Vaccination in the Punjab 1867-1880 - 1867-1880
Year: 1867
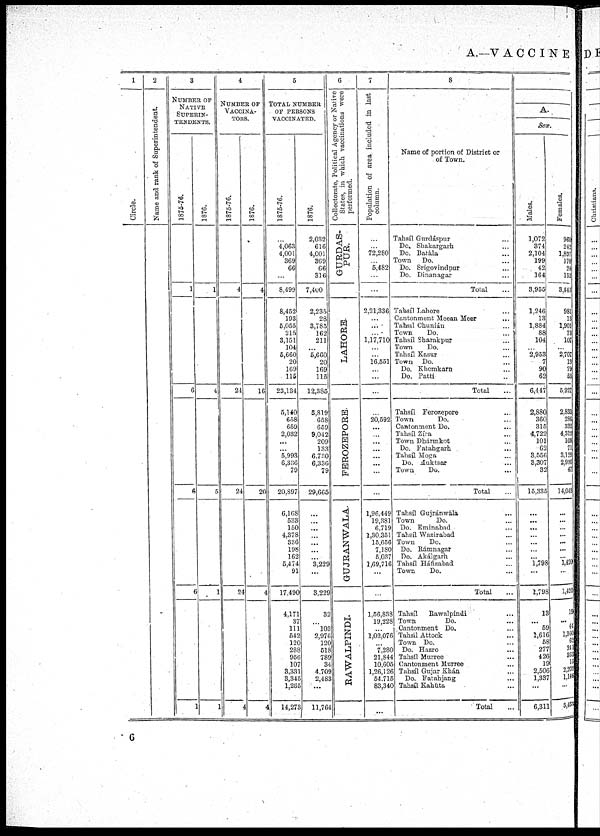
A.—VACCINE
1
Circle.
2
Name and rank of Superintendent.
3
NUMBER OF
NATIVE
SUPERIN¬
--------.
1875-76.
1
6
6
6
1
1876.
1
4
5
1
1
4
NUMBER OF
VACCINA-
TORS.
1875-76.
4
24
24
24
4
1876.
4
16
20
4
4
5
TOTAL NUMBER
OF PERSONS
VACCINATED.
1875-76.
...
4,063
4,001
369
66
...
8,499
8,452
193
5,055
215
3,151
104
5,660
20
169
115
23,134
5,140
658
659
2,032
...
...
5,993
6,336
79
20,897
6,168
533
150
4,378
336
198
162
5,474
91
17,490
4,171
37
111
542
120
288
956
107
3,331
3,345
1,265
14,273
1876.
2,032
616
4,001
369
66
316
7,400
2,235
28
3,785
162
211
...
5,660
20
169
115
12,385
5,819
658
659
9,042
209
133
6,730
6,336
79
29,665
...
...
...
...
...
...
...
3,229
...
3,229
32
...
103
2,976
120
518
789
34
4,709
2,483
...
11,764
6
Collectorate, Political Agency or Native
States, in which vaccinations were
performed.
GURDAS¬
PUR.
LAHORE.
FEROZEPORE.
GUJRANWALA.
RAWALPINDI.
7
Population of area included in last
column.
...
...
72,280
... 5,482
...
...
2,21,336
...
...
...
1,17,710
...
...
16,551
...
...
...
...
20,592
...
...
...
...
...
...
...
...
1,96.449
19,381
6,719
1,30,351
15,656
7,180
5,037
1,69,716
...
...
1,56,838
19,228
...
1,02,076
...
7,280
21,844
10,605
1,26,126
54,715
83,340
...
8
Name of portion of District or
of Town.
Tahsíl Gurdáspur ...
Do. Shakargarh ...
Do. Batàla ...
Town
Do. ...
Do. Srigovindpur ...
Do. Dinanagar ...
Total ...
Tahsíl Lahore
...
Cantonment Meean Meer ...
Tahsíl Chunián
...
Town
Do. ...
Tahsíl Sharakpur ...
Town
Do. ...
Tahsíl Kasur ...
Town Do. ...
Do. Khemkarn ...
Do. Pattí ...
Total ...
Tahsíl Ferozepore ...
Town
Do. ...
Cantonment Do. ...
Tahsíl Zíra ...
Town Dhármkot ...
Do. Fatahgarh ...
Tahsíl Moga ...
Do. Muktsar ...
Town
Do. ...
Total ...
Tahsíl Gujránwàla ...
Town
Do. ...
Do. Eminabad ...
Tahsíl Wazirabad ...
Town
Do. ...
Do. Rámnagar ...
Do. Akálgarh ...
Tahsíl Háfizabad ...
Town
Do. ...
Total ...
Tahsíl
Rawalpindi ...
Town
Do. ...
Cantonment Do. ...
Tahsil Attock ...
Town Do. ...
Do. Hazro ...
Tahsíl Murree ...
Cantonment Murree ...
Tahsíl Gujar Khán ...
Do. Fatahjang ...
Tahsíl Kahùta ...
Total ...
9
A.
Sex.
Males.
1,072
374
2,104
199
42
164
3,955
1,246
13
1,884
88
104
...
2,953
7
90
62
6,447
2,880
360
315
4,722
101
62
3,556
3,307
32
15,335
...
...
...
...
...
...
... 1,798
...
1,798
13
...
59
1,616
58
277
426
19
2,506
1,337
...
6,311
Females.
960
242
1,897
170
24
152
3,445
981
13
1,901
73
107
...
2,707
13
79
53
5,927
2,833
286
332
4,312
108
71
3,129
2,930
41
14,048
...
...
...
...
...
...
... 1,420
...
1,420
19
...
44
l,360
62
241
363
15
2,203
1,146
...
5,453
6